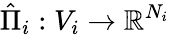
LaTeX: \hat{\Pi}_{i}:V_{i}\rightarrow\mathbb{R}^{N_{i}}